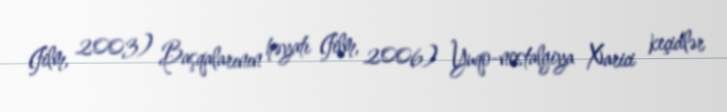
(film, 2003) Başqalarının həyatı (film, 2006) Yuqo-nostalgiya Xarici keçidlər